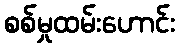
စစ်မှုထမ်းဟောင်း